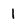
Character: 1